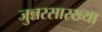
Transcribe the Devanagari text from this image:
जुन्नरसारख्या